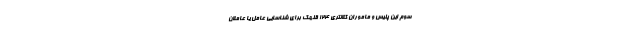
سوم این پلیس و ماموران کلانتری ۱۲۴ قلهک برای شناسایی عامل یا عاملان